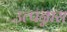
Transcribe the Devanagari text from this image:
उत्पन्नास